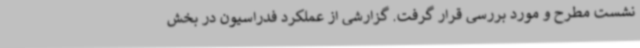
نشست مطرح و مورد بررسی قرار گرفت. گزارشی از عملکرد فدراسیون در بخش